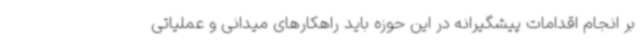
بر انجام اقدامات پیشگیرانه در این حوزه باید راهکارهای میدانی و عملیاتی